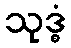
သုဒ္ဓံ